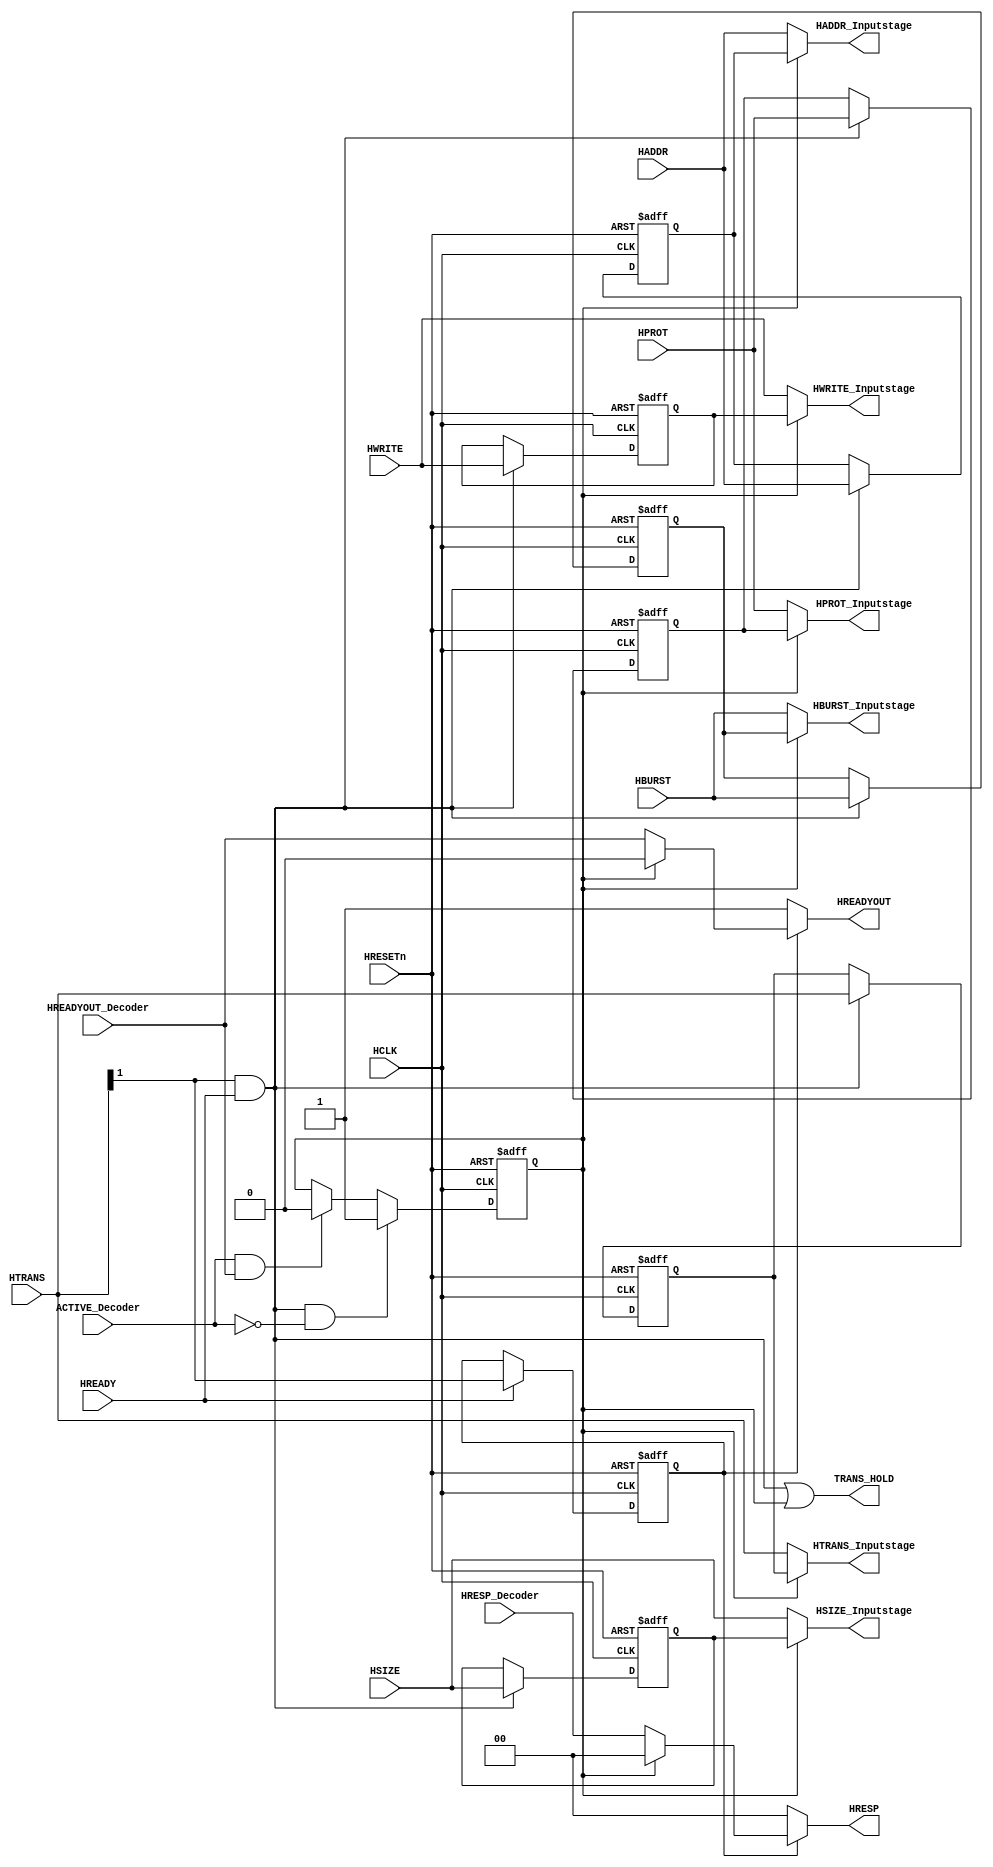
module AHBlite_BusMatrix_Inputstage(
    input           HCLK,
    input           HRESETn,
    input   [31:0]  HADDR,
    input   [1:0]   HTRANS,
    input           HWRITE,
    input   [2:0]   HSIZE,
    input   [2:0]   HBURST,
    input   [3:0]   HPROT,
    input           HREADY,
    input           ACTIVE_Decoder,
    input           HREADYOUT_Decoder,
    input   [1:0]   HRESP_Decoder,

    output  wire            HREADYOUT,
    output  wire    [1:0]   HRESP,
    output  wire    [31:0]  HADDR_Inputstage,
    output  wire    [1:0]   HTRANS_Inputstage,
    output  wire            HWRITE_Inputstage,
    output  wire    [2:0]   HSIZE_Inputstage,
    output  wire    [2:0]   HBURST_Inputstage,
    output  wire    [3:0]   HPROT_Inputstage,
    output  wire            TRANS_HOLD
);

//  TRANS START CONTRL
wire    trans_req;
wire    trans_valid;

assign trans_req = HTRANS[1];
assign trans_valid = trans_req & HREADY;

//  SIGNAL REG
reg [1:0]   trans_reg;
reg [31:0]  addr_reg;
reg         write_reg;
reg [2:0]   size_reg;
reg [2:0]   burst_reg;
reg [3:0]   prot_reg;

always@(posedge HCLK or negedge HRESETn) begin
    if(~HRESETn) begin
        trans_reg   <= 2'b0;
        addr_reg    <= 32'b0;
        write_reg   <= 1'b0;
        size_reg    <= 3'b0;
        burst_reg   <= 3'b0;
        prot_reg    <= 4'b0;
    end else if(trans_valid) begin
        trans_reg   <= HTRANS;
        addr_reg    <= HADDR;
        write_reg   <= HWRITE;
        size_reg    <= HSIZE;
        burst_reg   <= HBURST;
        prot_reg    <= HPROT;
    end
end

//  TRANS STATE
reg trans_state;

always@(posedge HCLK or negedge HRESETn) begin
    if(~HRESETn)
        trans_state <= 1'b0;
    else if(HREADY) 
        trans_state <= trans_req;
end

// TRANS PENDING
reg trans_pend;
wire    trans_wait;
wire    trans_done;

assign trans_wait   = trans_valid & (~ACTIVE_Decoder);
assign trans_done   = ACTIVE_Decoder & HREADYOUT_Decoder;

always@(posedge HCLK or negedge HRESETn) begin
    if(~HRESETn)
        trans_pend  <= 1'b0;
    else if(trans_wait)
        trans_pend  <= 1'b1;
    else if(trans_done)
        trans_pend  <= 1'b0;
end

assign TRANS_HOLD = trans_valid | trans_pend;

assign HTRANS_Inputstage    = trans_pend ? trans_reg : HTRANS;
assign HADDR_Inputstage     = trans_pend ? addr_reg  : HADDR;
assign HWRITE_Inputstage    = trans_pend ? write_reg : HWRITE;
assign HSIZE_Inputstage     = trans_pend ? size_reg  : HSIZE;
assign HBURST_Inputstage    = trans_pend ? burst_reg : HBURST;
assign HPROT_Inputstage     = trans_pend ? prot_reg  : HPROT;

assign HREADYOUT    = (~trans_state)    ? 1'b1  :
                      ((trans_pend)     ? 1'b0  : HREADYOUT_Decoder);
assign HRESP        = (~trans_state)    ? 2'b00 :
                      ((trans_pend)     ? 2'b00 : HRESP_Decoder);

endmodule